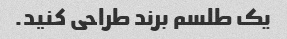
یک طلسم برند طراحی کنید.